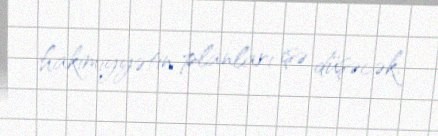
hakimiyyətin planları işə düşəcək.